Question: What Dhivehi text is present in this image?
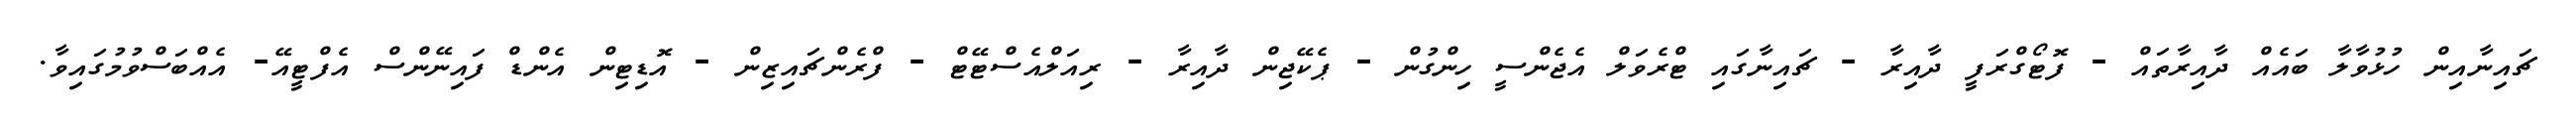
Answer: ޗައިނާއިން ހުޅުވާލާ ބައެއް ދާއިރާތައް - ފޮޓޯގްރަފީ ދާއިރާ - ޗައިނާގައި ޓްރެވަލް އެޖެންސީ ހިންގުން - ޕެކޭޖިން ދާއިރާ - ރިއަލްއެސްޓޭޓް - ފްރެންޗައިޒިން - އޮޑިޓިން އެންޑް ފައިނޭންސް އެފްޓީއޭ- އެއްބަސްވުމުގައިވާ.